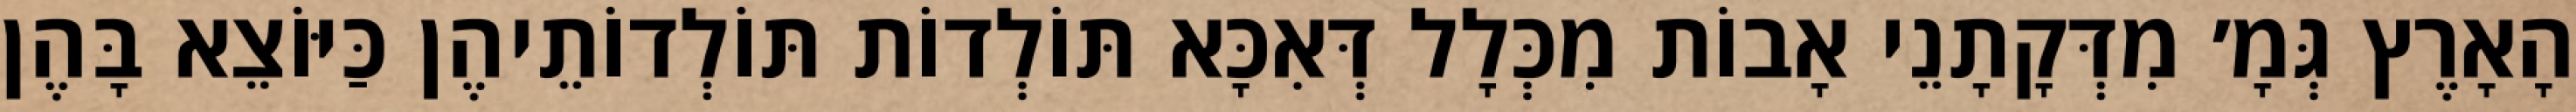
הָאָרֶץ גְּמָ׳ מִדְּקָתָנֵי אָבוֹת מִכְּלָל דְּאִכָּא תּוֹלְדוֹת תּוֹלְדוֹתֵיהֶן כַּיּוֹצֵא בָּהֶן